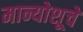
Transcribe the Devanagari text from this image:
मान्योशूचे